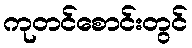
ကုတင်စောင်းတွင်